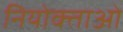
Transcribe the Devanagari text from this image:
नियोक्‍ताओं